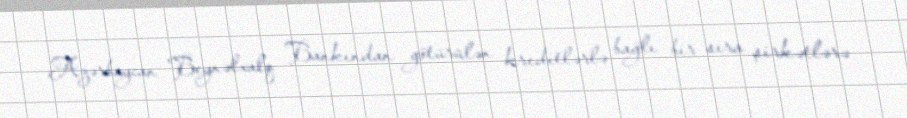
Azərbaycan Beynəlxalq Bankından götürülən kreditlərlə bağlı bir sıra şirkətlərə